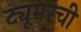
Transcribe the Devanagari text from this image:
ट्यूमरची